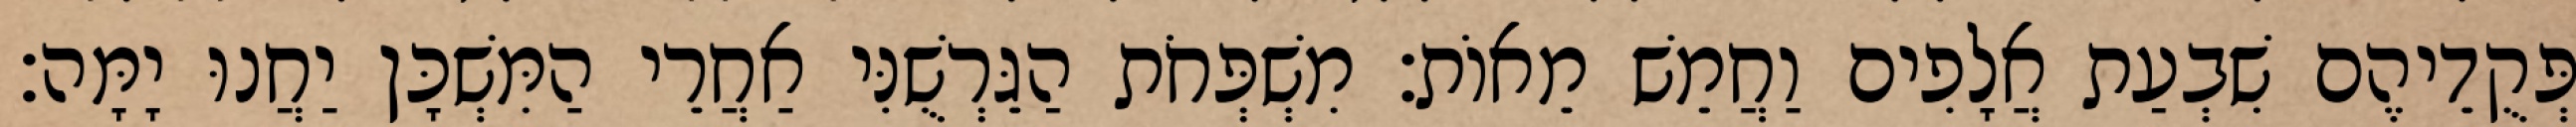
פְּקֻדֵיהֶם שִׁבְעַת אֲלָפִים וַחֲמֵשׁ מֵאוֹת׃ מִשְׁפְּחֹת הַגֵּרְשֻׁנִּי אַחֲרֵי הַמִּשְׁכָּן יַחֲנוּ יָמָּה׃